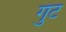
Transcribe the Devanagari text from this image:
गुंट